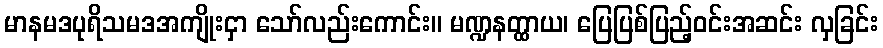
မာနမဒပုရိသမဒအကျိုးငှာ သော်လည်းကောင်း။ မဏ္ဍနတ္ထာယ၊ ပြေပြစ်ပြည့်ဝင်းအဆင်း လှခြင်း